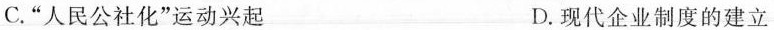
C.”人民公社化”运动兴起 D.现代企业制度的建立